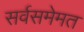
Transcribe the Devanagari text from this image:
सर्वसमेमत